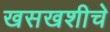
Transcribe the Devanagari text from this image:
खसखशीचे